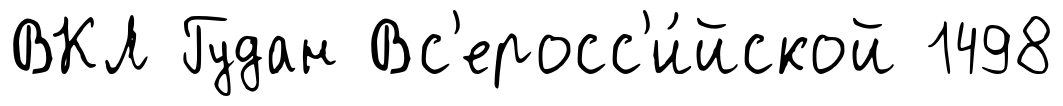
ВКЛ Гудан Вс'еросс'и́йской 1498